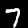
Label: 7